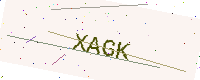
Text: XAGK